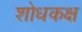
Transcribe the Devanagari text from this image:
शोधकक्ष